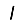
Digit: 1